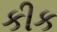
કીક